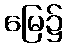
မြေ၌